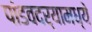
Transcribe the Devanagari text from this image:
पांडवदर्‍यामध्ये